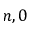
n , 0